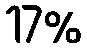
17%